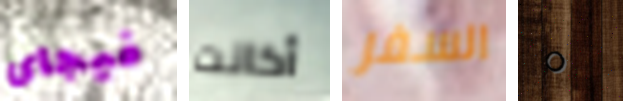
فيجاى أكانت السفر 0